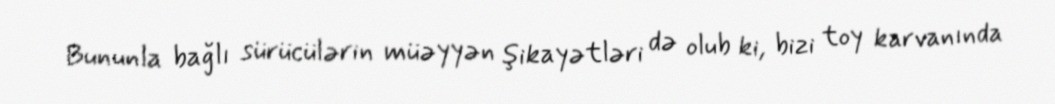
Bununla bağlı sürücülərin müəyyən şikayətləri də olub ki, bizi toy karvanında